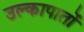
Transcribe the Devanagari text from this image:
उल्कापातों